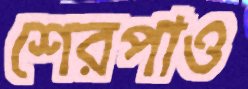
শেরপাও